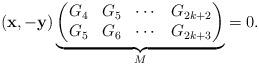
LaTeX: \begin{align*}(\mathbf{x}, -\mathbf{y})\underbrace{\begin{pmatrix}G_{4} & G_{5} & \cdots & G_{2k+2}\\ G_{5} & G_{6} & \cdots & G_{2k+3}\end{pmatrix}}_M =0.\end{align*}